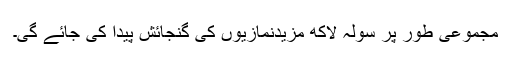
مجموعی طور پر سولہ لاکھ مزیدنمازیوں کی گنجائش پیدا کی جائے گی۔